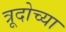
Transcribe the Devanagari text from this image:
त्रूदोच्या